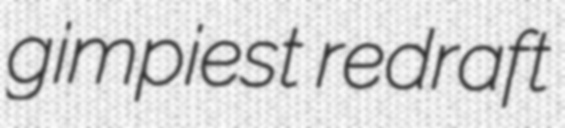
gimpiest redraft